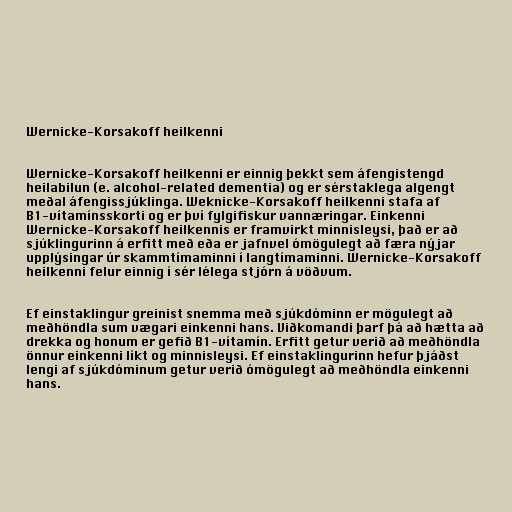
Wernicke-Korsakoff heilkenni

Wernicke-Korsakoff heilkenni er einnig þekkt sem áfengistengd
heilabilun (e. alcohol-related dementia) og er sérstaklega algengt
meðal áfengissjúklinga. Weknicke-Korsakoff heilkenni stafa af
B1-vítamínsskorti og er því fylgifiskur vannæringar. Einkenni
Wernicke-Korsakoff heilkennis er framvirkt minnisleysi, það er að
sjúklingurinn á erfitt með eða er jafnvel ómögulegt að færa nýjar
upplýsingar úr skammtímaminni í langtímaminni. Wernicke-Korsakoff
heilkenni felur einnig í sér lélega stjórn á vöðvum.

Ef einstaklingur greinist snemma með sjúkdóminn er mögulegt að
meðhöndla sum vægari einkenni hans. Viðkomandi þarf þá að hætta að
drekka og honum er gefið B1-vítamín. Erfitt getur verið að meðhöndla
önnur einkenni líkt og minnisleysi. Ef einstaklingurinn hefur þjáðst
lengi af sjúkdóminum getur verið ómögulegt að meðhöndla einkenni
hans.